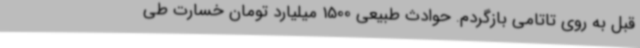
قبل به روی تاتامی بازگردم. حوادث طبیعی 1500 میلیارد تومان خسارت طی